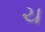
ચ